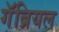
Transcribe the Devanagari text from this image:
गॅब्रियल